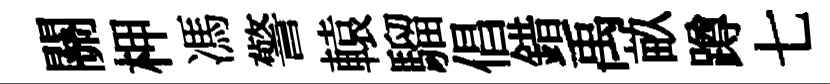
關柙馮警轅騮倡錯禹畝蹲七